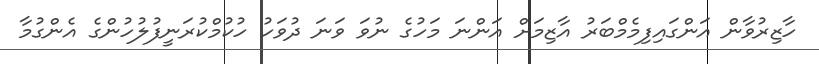
ހާޒިރުވާން އަންގައިފިމެމްބަރު އާޒިމަށް އަންނަ މަހުގެ ނުވަ ވަނަ ދުވަހު ހުކުމްކުރަނީފުލުހުންގެ އެންގުމާ